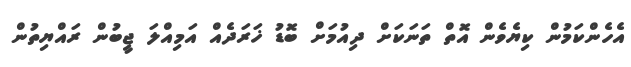
އެހެންކަމުން ކިޔެވެން އޮތް ތަނަކަށް ދިއުމަށް ބޮޑު ޚަރަދެއް އަމިއްލަ ޖީބުން ރައްޔިތުން